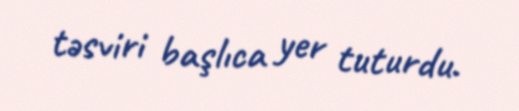
təsviri başlıca yer tuturdu.